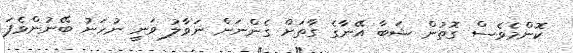
ކޮންމެވެސް ގޮތުން ޝަބާ އޭނާގެ ގާތަށް ގެންނަން ނަވާލު ވަނީ ނުހަނު ބޭނުންވެފަ